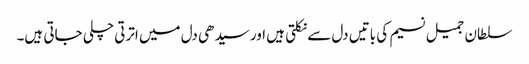
سلطان جمیل نسیم کی باتیں دل سے نکلتی ہیں اور سیدھی دل میں اترتی چلی جاتی ہیں۔